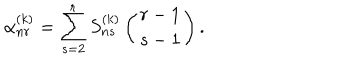
LaTeX: \alpha _ { n r } ^ { ( k ) } = \sum _ { s = 2 } ^ { r } S _ { n s } ^ { ( k ) } \left( r - 1 \atop { s - 1 } \right) .